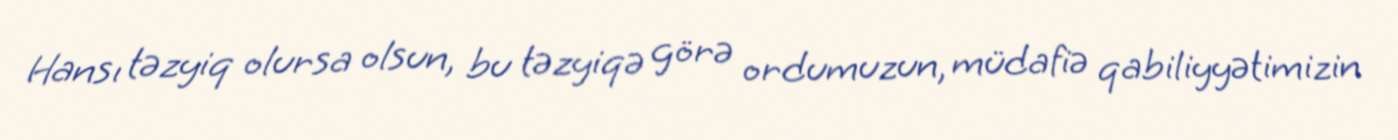
Hansı təzyiq olursa olsun, bu təzyiqə görə ordumuzun, müdafiə qabiliyyətimizin